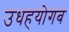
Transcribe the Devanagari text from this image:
उधहयोगब